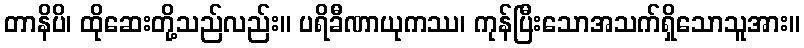
တာနိပိ၊ ထိုဆေးတို့သည်လည်း။ ပရိခီဏာယုကဿ၊ ကုန်ပြီးသောအသက်ရှိသောသူအား။